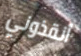
أنقذوني